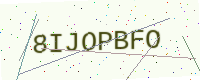
Text: 8IJOPBFO